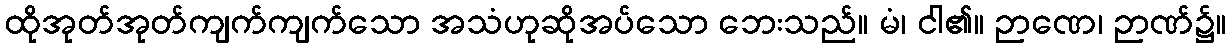
ထိုအုတ်အုတ်ကျက်ကျက်သော အသံဟုဆိုအပ်သော ဘေးသည်။ မံ၊ ငါ၏။ ဉာဏေ၊ ဉာဏ်၌။